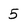
Character: 5